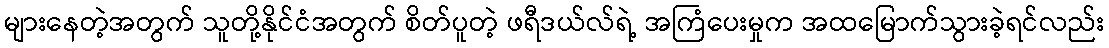
များနေတဲ့အတွက် သူတို့နိုင်ငံအတွက် စိတ်ပူတဲ့ ဖရီဒယ်လ်ရဲ့ အကြံပေးမှုက အထမြောက်သွားခဲ့ရင်လည်း